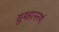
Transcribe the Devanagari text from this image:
सुमहाननर्थः